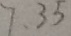
7 . 3 5